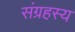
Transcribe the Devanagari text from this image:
संग्रहस्य